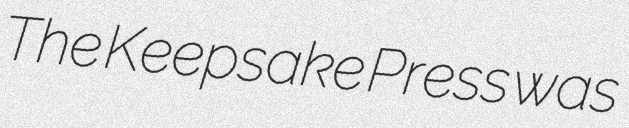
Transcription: The Keepsake Press was